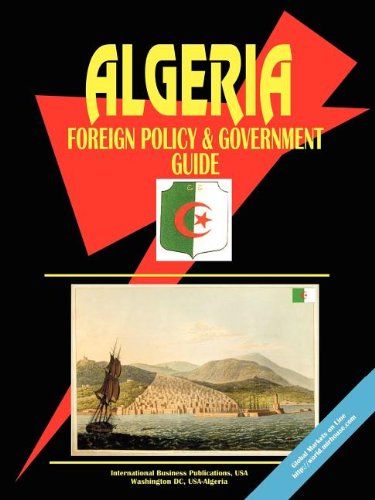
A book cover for Algeria Foreign Policy And Government Guide; Ibp Usa; Travel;